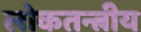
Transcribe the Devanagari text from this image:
लोकतन्त्रीय